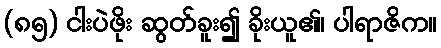
(၈၅) ငါးပဲဖိုး ဆွတ်ခူး၍ ခိုးယူ၏၊ ပါရာဇိက။